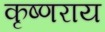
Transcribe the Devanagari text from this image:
कृष्णराय